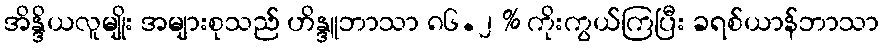
အိန္ဒိယလူမျိုး အများစုသည် ဟိန္ဒူဘာသာ ၈၆.၂ % ကိုးကွယ်ကြပြီး ခရစ်ယာန်ဘာသာ